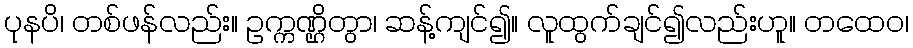
ပုနပိ၊ တစ်ဖန်လည်း။ ဥက္ကဏ္ဌိတွာ၊ ဆန့်ကျင်၍။ လူထွက်ချင်၍လည်းဟူ။ တထေဝ၊